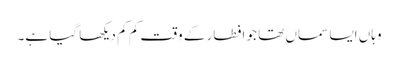
وہاں ایسا سماں تھا جو افطار کے وقت کم کم دیکھا گیا ہے۔